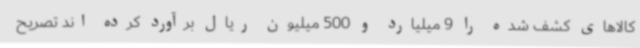
کالاهای کشف شده را 9 میلیارد و 500 میلیون ریال برآورد کرده اند تصریح